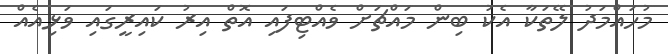
މުހައްމަދު ލޭތަކާ އެކު ބިން މައްޗަށް ވެއްޓިފައި އޮތް އިރު ކައިރީގައި ވަޅިއެއް